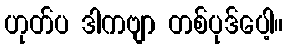
ဟုတ်ပ ဒါကဗျာ တစ်ပုဒ်ပေါ့။